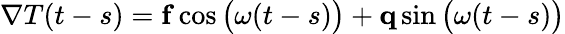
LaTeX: \nabla T(t-s)=\mathbf f\cos\big(\omega(t-s)\big)+\mathbf q\sin\big(\omega(t-s)\big)